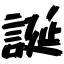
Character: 誕